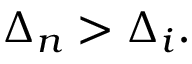
\Delta _ { n } > \Delta _ { i } .